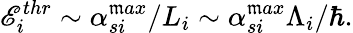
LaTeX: \mathscr{E}_{i}^{thr}\sim\alpha_{si}^{\mathfrak{m}ax}/L_{i}\sim\alpha_{si}^{\mathfrak{m}ax}\Lambda_{i}/\hbar.